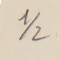
2/1